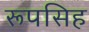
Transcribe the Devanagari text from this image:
रूपसिह